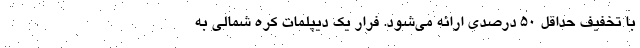
با تخفیف حداقل ۵۰ درصدی ارائه می‌شود. فرار یک دیپلمات کره شمالی به